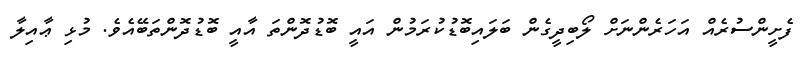
ފެށީންސުރެއް އަހަރެންނަށް ލޯބިދީގެން ބަލައިބޮޑުކުރަމުން އައީ ބޮޑުދޮންތަ އާއީ ބޮޑުދޮންތަބޭއެވެ. މުޅި ޢާއިލާ